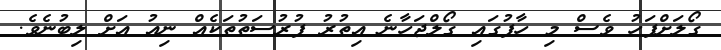
ގޯލަށްފަހު ވެސް މި ހާފުގައި ގޯލްޖަހާނެ އިތުރު ފުރުސަތުތަކެއް ނިއު އަށް ލިބުނެވެ.